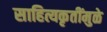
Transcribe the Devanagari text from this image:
साहित्यकृतींमुळे